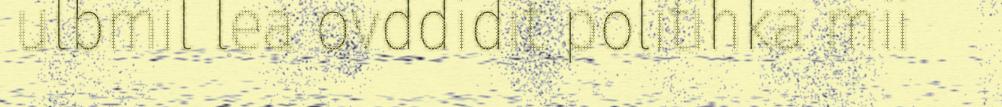
ulbmil lea ovddidit politihka mii